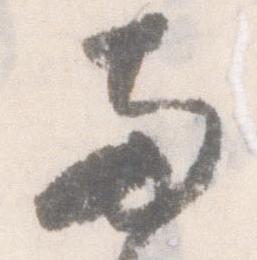
両